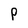
Character: P